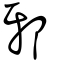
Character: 邪